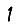
Digit: 1